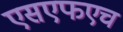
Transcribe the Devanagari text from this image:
एसएफएच